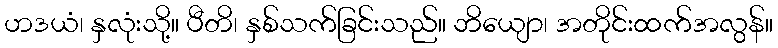
ဟဒယံ၊ နှလုံးသို့။ ပီတိ၊ နှစ်သက်ခြင်းသည်။ ဘိယျော၊ အတိုင်းထက်အလွန်။